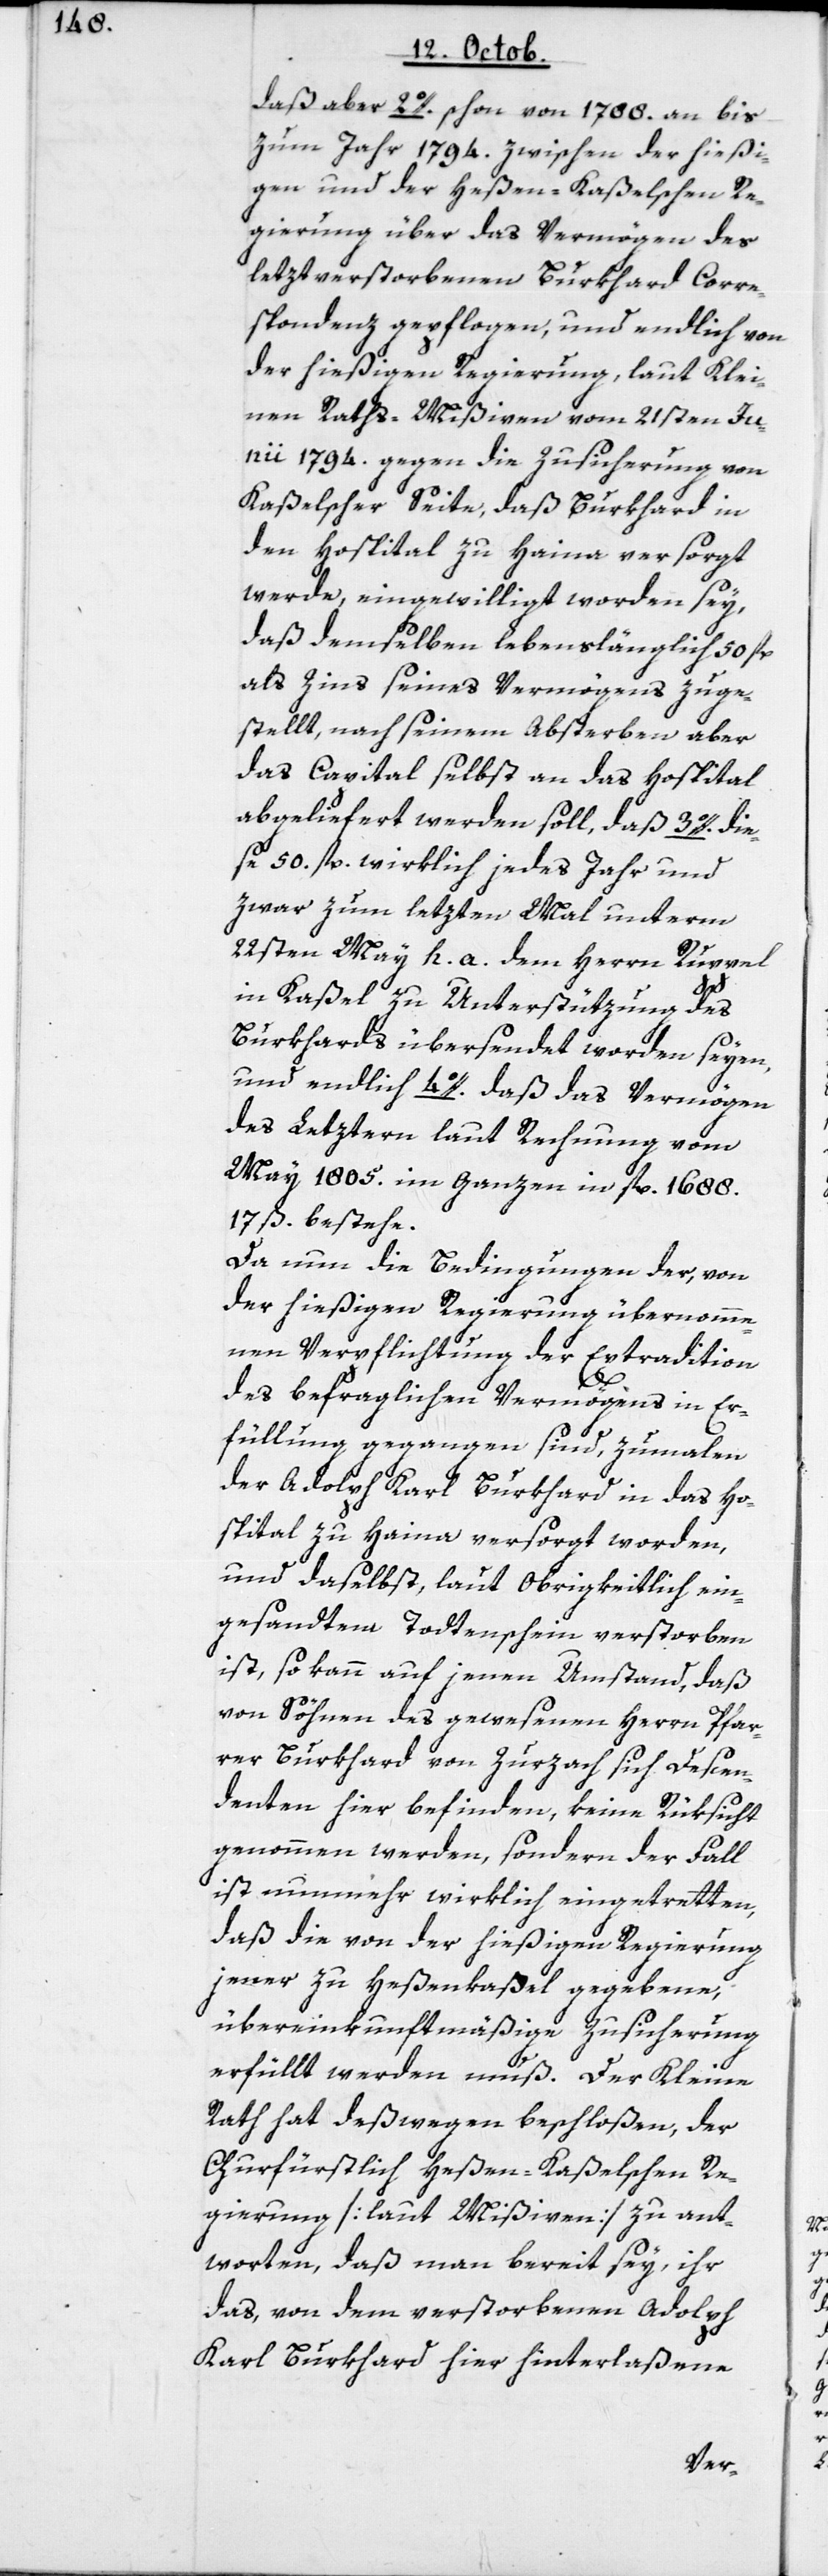
daß aber 2o. schon von 1788. an bis
zum Jahr 1794. zwischen der hießi¬
gen und der Heßen-Kaßelschen Re¬
gierung über das Vermögen des
letztverstorbenen Burkhard Corre¬
spondenz gepflogen, und endlich von
der hießigen Regierung, laut Klei¬
nen-Rats-Mißiven vom 21sten Jun¬
ii 1794. gegen die Zusicherung von
Kaßelscher Seite, daß Burkhard in
den Hospital zu Haina versorgt
werde, eingewilligt worden sey,
daß demselben lebenslänglich 50 fl.
als Zins seines Vermögens zuge¬
stellt, nach seinem Absterben aber
das Capital selbst an das Hospital
abgeliefert werden soll, daß 3o. die¬
se 50 fl. wirklich jedes Jahr und
zwar zum letzte Mahl unterm
22sten May h. a. dem Herrn Ruppel
in Kaßel zu Unterstützung des
Burkhards übersendet worden seyen,
des Letztern laut Rechnung vom
May 1805. im Ganzen in fl. 1688.
17 ß. bestehe.
Da nun die Bedingungen der, von
der hießigen Regierung übernomme¬
nen Verpflichtung der Extradition
des befraglichen Vermögens in Er¬
füllung gegangen sind, zumalen
das
der Adolph Karl Burkhard in das Ho¬
spital zu Haina versorgt worden,
und daselbst laut Obrigkeitlich ein¬
gesandtem Todtenschein verstorben
ist, so kann auf jenen Umstand, daß
von Söhnen des gewesenen Herrn Pfar¬
rer Burkhard von Zurzach sich Descen¬
denten hier befinden, keine Rüksicht
genommen werden, sondern der Fall
ist nunmehr wirklich eingetretten,
daß die von der hießigen Regierung
jener zu Heßenkaßel gegebene,
übereinkunftsmäßige Zusicherung
erfüllt werden muß. Der Kleine
Rath hat deswegen beschloßen, der
Churfürstlich Heßen-Kaßelschen Re¬
gierung [laut Mißiven] zu ant¬
worten, daß man bereit sey, ihr
das, von dem verstorbenen Adolph
Karl Burkhard hier hinterlaßene